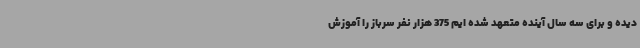
دیده و برای سه سال آینده متعهد شده ایم 375 هزار نفر سرباز را آموزش